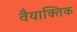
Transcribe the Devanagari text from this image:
वैयाक्तिक